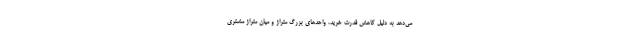
می‌دهد به دلیل کاهش قدرت خرید، واحدهای بزرگ متراژ و میان متراژ مشتری